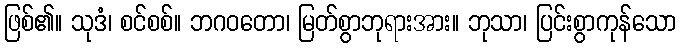
ဖြစ်၏။ သုဒံ၊ စင်စစ်။ ဘဂဝတော၊ မြတ်စွာဘုရားအား။ ဘုသာ၊ ပြင်းစွာကုန်သော